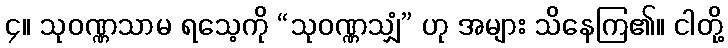
၄။ သုဝဏ္ဏသာမ ရသေ့ကို “သုဝဏ္ဏသျှံ” ဟု အများ သိနေကြ၏။ ငါတို့